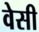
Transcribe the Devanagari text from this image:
वेसी